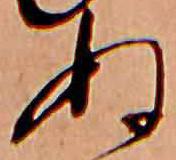
ぬ